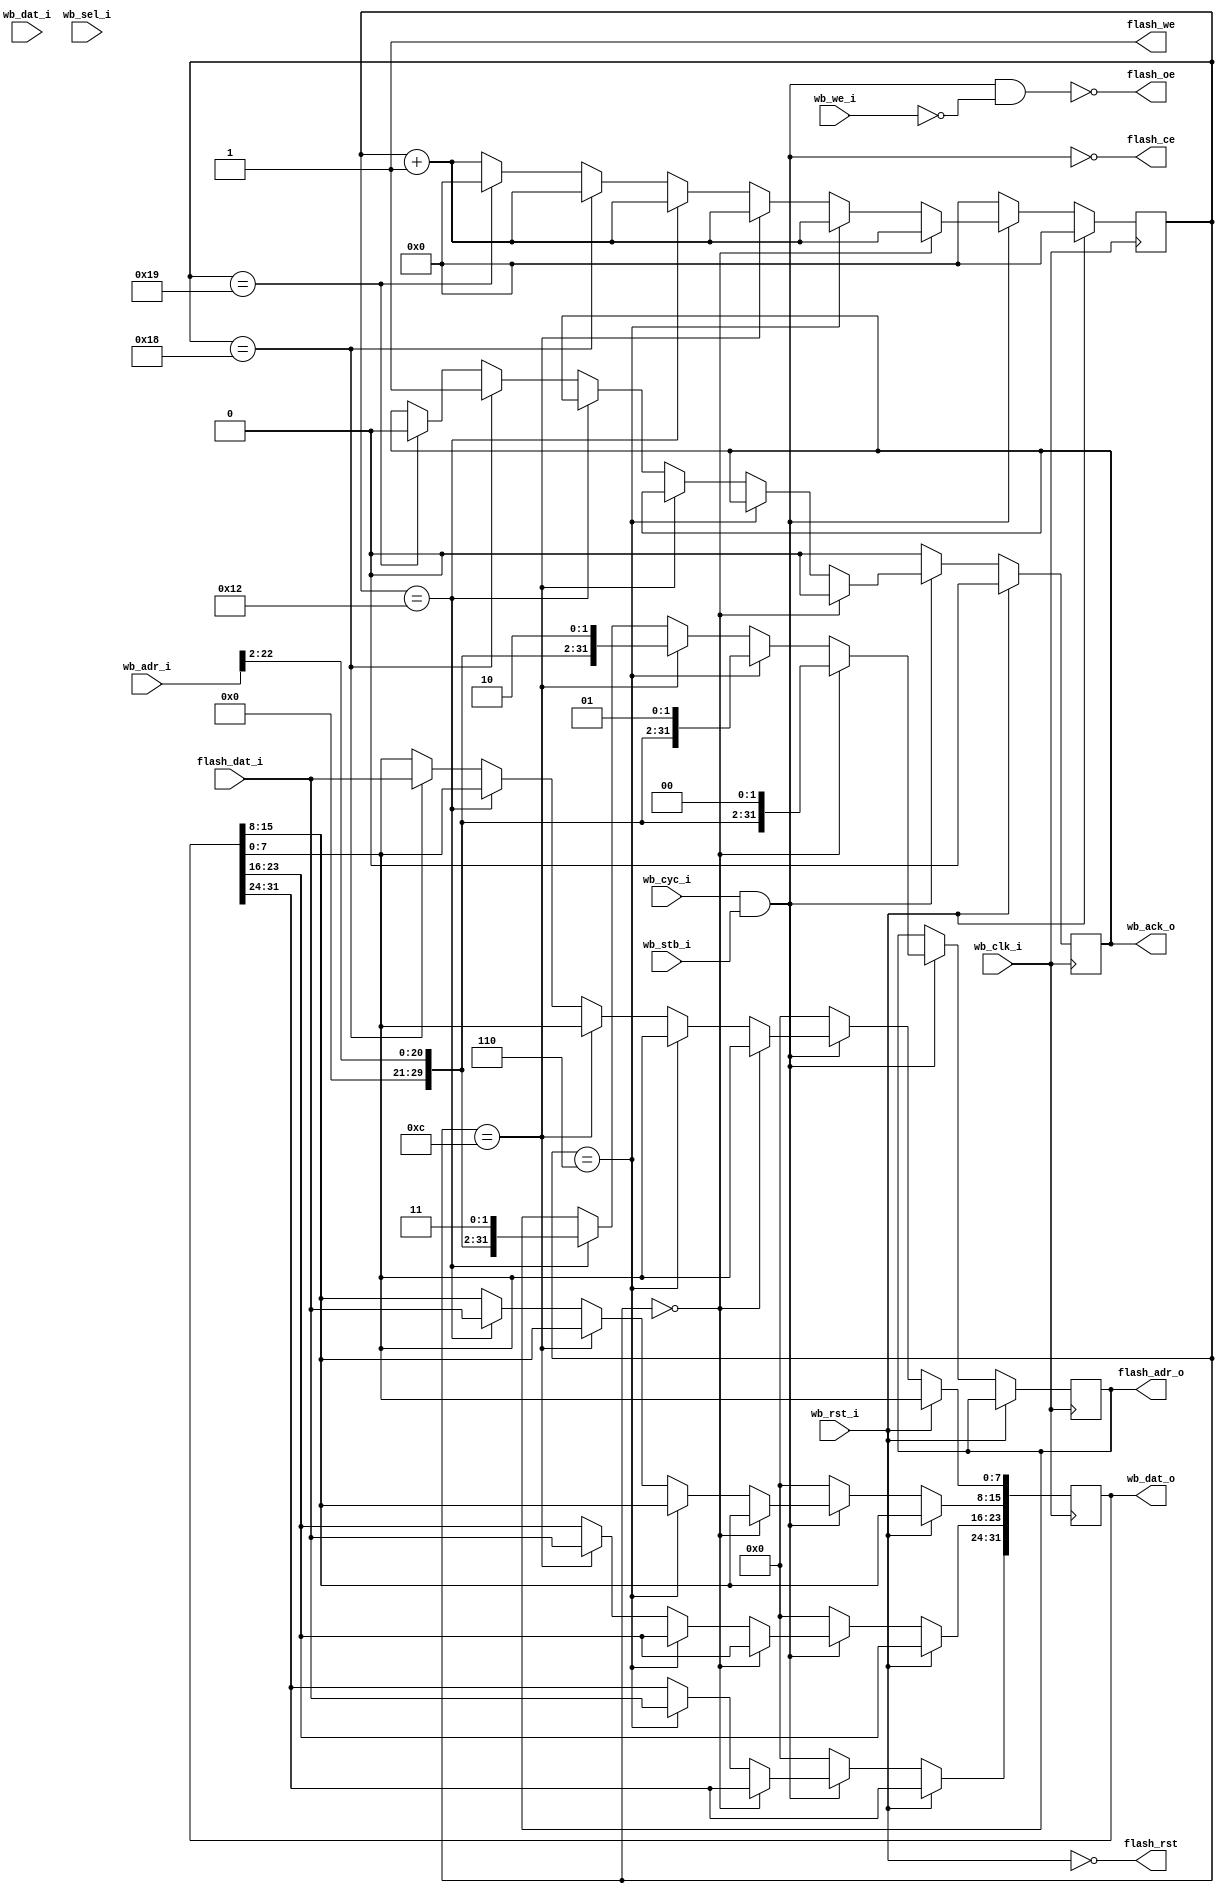
module flash_top(

	//wishbone
	wb_clk_i, wb_rst_i, wb_adr_i, wb_dat_o,
	wb_dat_i, wb_sel_i, wb_we_i, wb_stb_i,
	wb_cyc_i, wb_ack_o,
	
	//flash
	flash_adr_o, flash_dat_i, flash_rst,
	flash_oe, flash_ce, flash_we
);


input					wb_clk_i;
input					wb_rst_i;
input		[31:0]		wb_adr_i;
output reg	[31:0]		wb_dat_o;
input		[31:0]		wb_dat_i;
input		[3:0]		wb_sel_i;
input					wb_we_i;
input					wb_stb_i;
input					wb_cyc_i;
output reg				wb_ack_o;

output reg	[31:0]		flash_adr_o;
input		[7:0]		flash_dat_i;
output					flash_rst;
output					flash_oe;
output					flash_ce;
output					flash_we;

reg			[4:0]		waitstate;
wire		[1:0]		adr_low;

wire					wb_acc	= wb_cyc_i & wb_stb_i;
wire					wb_rd	= wb_acc & !wb_we_i;



//#############################################################################
/*
wb_rst_i = 1	==> state = 0;
wb_acc = 0		==> state = 0;

wb_rst_i = 0	and		wb_acc = 0	
==>	waitstate += 4'h1, save to wb_dat_o per 3 second

until waitstate = 4'hc 
==> wb_ack_o = 1

next clk(waitstate = 4'hd)
==> wb_ack_o = 0, waitstate	= 4'h0

*/

/*
assign flash_ce	= !wb_acc;
assign flash_oe	= !wb_rd;

assign flash_we = 1'b1;
assign flash_rst = !wb_rst_i;

always @(posedge wb_clk_i) begin
	if(wb_rst_i == 1'b1) begin //all reset
		waitstate	<= 4'h0;
		wb_ack_o	<= 1'b0; //Respond reset
	end else if(wb_acc == 1'b0) begin //wb_cyc_i and wb_stb_i disable
		waitstate	<= 4'h0;
		wb_ack_o	<= 1'b0;
		wb_dat_o	<= 32'h0000_0000;
		
	end else if(waitstate == 4'h0) begin
		wb_ack_o	<= 1'b0;
		if(wb_acc) //<------can be commented out?
			waitstate	<= waitstate + 4'h1;
		flash_adr_o	<= {10'b00_0000_0000, wb_adr_i[21:2], 2'b00};
	end else begin
		waitstate	<= waitstate + 4'h1;
		if(waitstate == 4'h3) begin
			wb_dat_o[31:24]	<= flash_dat_i;
			flash_adr_o		<= {10'b00_0000_0000, wb_adr_i[21:2], 2'b01};
		end else if(waitstate == 4'h6) begin
			wb_dat_o[23:16]	<= flash_dat_i;
			flash_adr_o		<= {10'b00_0000_0000, wb_adr_i[21:2], 2'b10};
		end else if(waitstate == 4'h9) begin
			wb_dat_o[15:8]	<= flash_dat_i;
			flash_adr_o		<= {10'b00_0000_0000, wb_adr_i[21:2], 2'b11};
		end else if(waitstate == 4'hc) begin
			wb_dat_o[7:0]	<= flash_dat_i;
			wb_ack_o		<= 1'b1; //Respond for wishbone
		end else if(waitstate == 4'hd) begin
			wb_ack_o		<= 1'b0;
			waitstate		<= 4'h0;
		end
	end
end
*/


//#############################################################################
assign flash_ce	= !wb_acc;
assign flash_oe	= !wb_rd;

assign flash_we = 1'b1;
assign flash_rst = !wb_rst_i;

always @(posedge wb_clk_i) begin
	if(wb_rst_i == 1'b1) begin //all reset
		waitstate	<= 5'd0;
		wb_ack_o	<= 1'b0; //Respond reset
	end else if(wb_acc == 1'b0) begin //wb_cyc_i and wb_stb_i disable
		waitstate	<= 5'd0;
		wb_ack_o	<= 1'b0;
		wb_dat_o	<= 32'h0000_0000;
		
	end else if(waitstate == 5'd0) begin
		wb_ack_o	<= 1'b0; //<------can be commented out?
		if(wb_acc) 
			waitstate	<= waitstate + 1'b1;
		flash_adr_o	<= {9'b0_0000_0000, wb_adr_i[22:2], 2'b00};
	end else begin
		waitstate	<= waitstate + 1'b1;
		if(waitstate == 5'd6) begin
			wb_dat_o[31:24]	<= flash_dat_i;
			flash_adr_o		<= {9'b0_0000_0000, wb_adr_i[22:2], 2'b01};
		end else if(waitstate == 5'd12) begin
			wb_dat_o[23:16]	<= flash_dat_i;
			flash_adr_o		<= {9'b0_0000_0000, wb_adr_i[22:2], 2'b10};
		end else if(waitstate == 5'd18) begin
			wb_dat_o[15:8]	<= flash_dat_i;
			flash_adr_o		<= {9'b0_0000_0000, wb_adr_i[22:2], 2'b11};
		end else if(waitstate == 5'd24) begin
			wb_dat_o[7:0]	<= flash_dat_i;
			wb_ack_o		<= 1'b1; //Respond for wishbone
		end else if(waitstate == 5'd25) begin
			wb_ack_o		<= 1'b0;
			waitstate		<= 5'd0;
		end
	end
end


endmodule